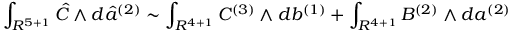
\int _ { R ^ { 5 + 1 } } { \hat { C } } \wedge d { \hat { a } } ^ { ( 2 ) } \sim \int _ { R ^ { 4 + 1 } } C ^ { ( 3 ) } \wedge d b ^ { ( 1 ) } + \int _ { R ^ { 4 + 1 } } B ^ { ( 2 ) } \wedge d a ^ { ( 2 ) }